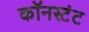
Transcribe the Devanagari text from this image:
कॉनस्टंट